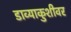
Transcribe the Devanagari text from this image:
डाव्याकुशीवर